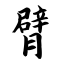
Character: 臂